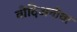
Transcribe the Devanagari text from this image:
वोदिअनोवा